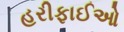
હરીફાઈઓ